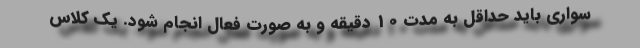
سواری باید حداقل به مدت 10 دقیقه و به صورت فعال انجام شود. یک کلاس